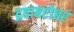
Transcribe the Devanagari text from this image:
द्रवाबरोबर